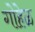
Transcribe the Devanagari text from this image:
गोहेळ